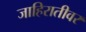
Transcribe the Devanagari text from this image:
जाहिरातीवर